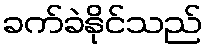
ခက်ခဲနိုင်သည်